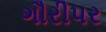
ગૌરીપર